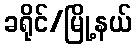
ခရိုင်/မြို့နယ်